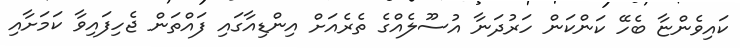
ކައިވެންޏާ ބެހޭ ކަންކަން ހަރުދަނާ އުސޫލެއްގެ ތެރެއަށް އިންޑިއާގައި ފައްތަން ޖެހިފައިވާ ކަމަށާއި